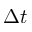
\Delta t